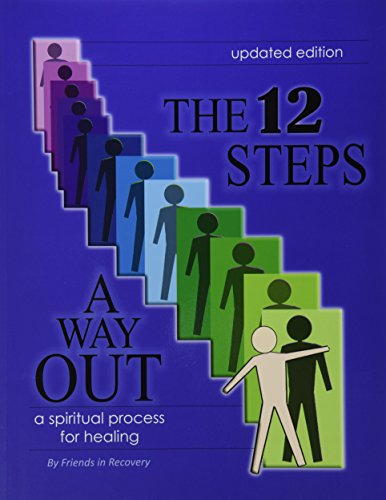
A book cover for The 12 Steps : A Way Out : A Spiritual Process for Healing; Friends in Recovery; Health, Fitness & Dieting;